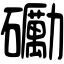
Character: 𥗠